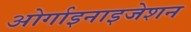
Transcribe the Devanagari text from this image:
ओर्गाइनाइजेशन